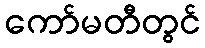
ကော်မတီတွင်